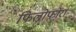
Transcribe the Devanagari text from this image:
फिलोफोरा